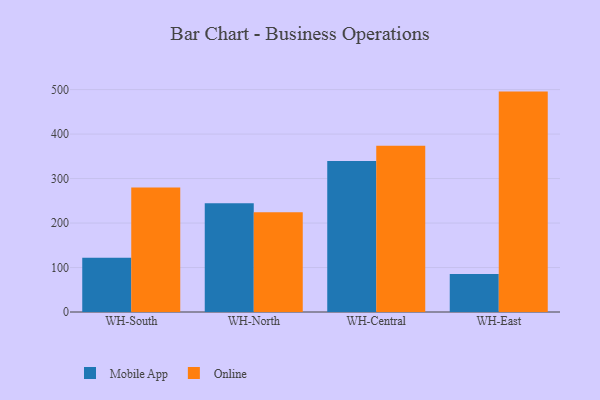
{"axis": {"x": "Warehouse", "y": "Conversion Rate (%)"}, "legend": ["Mobile App", "Online"], "data": [{"x": "WH-South", "y": 121.9, "type": "Mobile App"}, {"x": "WH-South", "y": 280.1, "type": "Online"}, {"x": "WH-North", "y": 244.4, "type": "Mobile App"}, {"x": "WH-North", "y": 224.4, "type": "Online"}, {"x": "WH-Central", "y": 339.6, "type": "Mobile App"}, {"x": "WH-Central", "y": 373.7, "type": "Online"}, {"x": "WH-East", "y": 85.2, "type": "Mobile App"}, {"x": "WH-East", "y": 495.5, "type": "Online"}]}